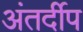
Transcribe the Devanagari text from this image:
अंतर्दीप